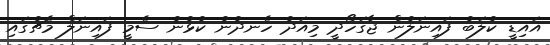
އައިޑީ ކުލަބު ފައިނަލުން ޖާގަހޯދީ މިއަދު ހެނދުނު ކުޅުނު ސެމީ ފައިނަލް މެޗުގައި